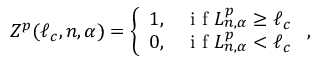
Z ^ { p } ( \ell _ { c } , n , \alpha ) = \left\{ \begin{array} { l l } { 1 , } & { \mathrm { ~ i ~ f ~ } L _ { n , \alpha } ^ { p } \geq \ell _ { c } } \\ { 0 , } & { \mathrm { ~ i ~ f ~ } L _ { n , \alpha } ^ { p } < \ell _ { c } } \end{array} \right. ,